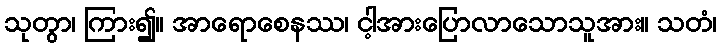
သုတွာ၊ ကြား၍။ အာရောစေနဿ၊ ငါ့အားပြောလာသောသူအား။ သတံ၊